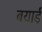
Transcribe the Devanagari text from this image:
बयाई